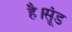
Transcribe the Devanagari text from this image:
है।सूंड